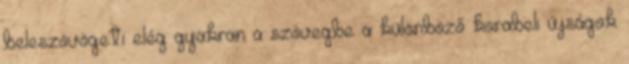
beleszövögeti elég gyakran a szövegbe a különböző korabeli újságok